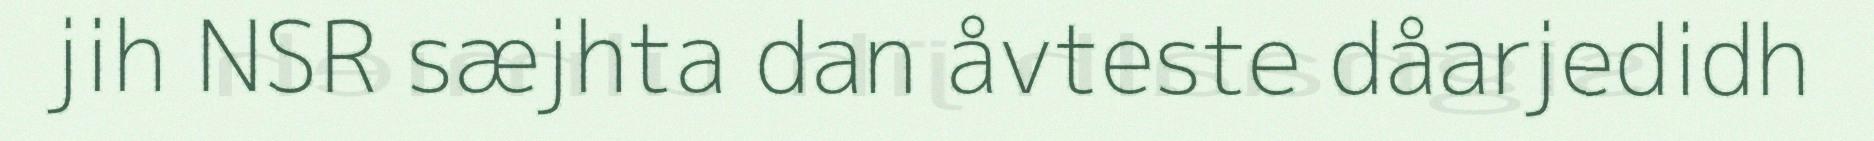
jih NSR sæjhta dan åvteste dåarjedidh